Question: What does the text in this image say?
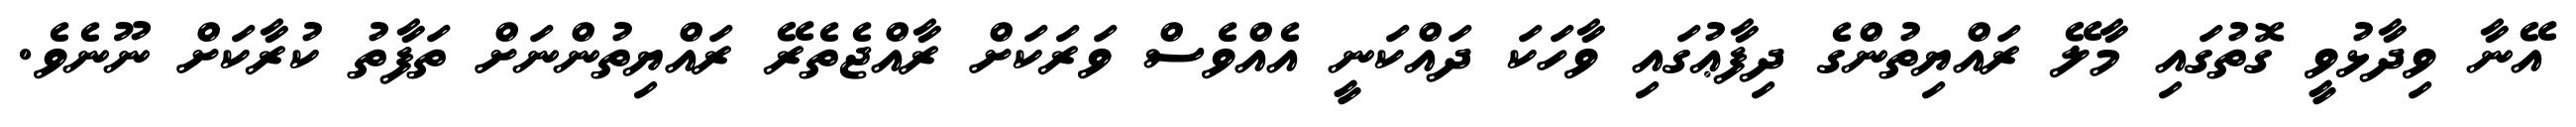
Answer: އޭނާ ވިދާޅުވީ ގޮތުގައި މާލޭ ރައްޔިތުންގެ ދިފާޢުގައި ވާހަކަ ދައްކަނީ އެއްވެސް ވަރަކަށް ރާއްޖެތެރޭ ރައްޔިތުންނަށް ތަފާތު ކުރާކަށް ނޫނެވެ.